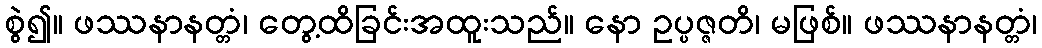
စွဲ၍။ ဖဿနာနတ္တံ၊ တွေ့ထိခြင်းအထူးသည်။ နော ဥပ္ပဇ္ဇတိ၊ မဖြစ်။ ဖဿနာနတ္တံ၊